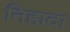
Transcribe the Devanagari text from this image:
निहादा